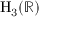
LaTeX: \mathrm { { H } } _ { 3 } ( \mathbb { R } )